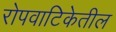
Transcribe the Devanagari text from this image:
रोपवाटिकेतील